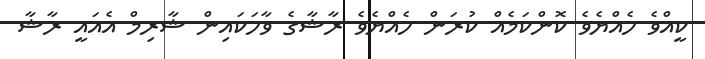
ކީއްވެ ހެއްޔެވެ ކޮންކަމެއް ކުރަން ހެއްޔެވެ ރާޝާގެ ވާހަކައިން ޝާރިމް އެއައީ ރާޝާ